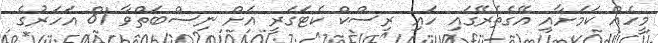
މީހެއް ކަމަށާއި އޭގެތެރޭގައި ހައި ރިސްކް ކެޓަގަރީ އަށް ނިސްބަތްވާ 81 އަހަރުގެ